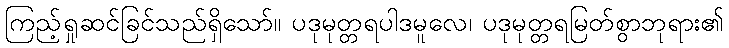
ကြည့်ရှုဆင်ခြင်သည်ရှိသော်။ ပဒုမုတ္တရပါဒမူလေ၊ ပဒုမုတ္တရမြတ်စွာဘုရား၏